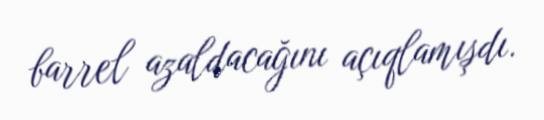
barrel azaldacağını açıqlamışdı.